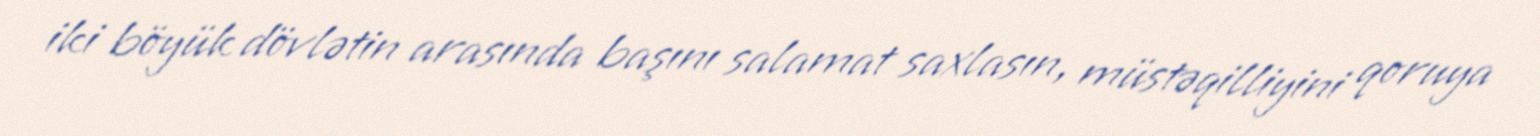
iki böyük dövlətin arasında başını salamat saxlasın, müstəqilliyini qoruya